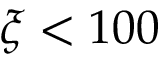
\xi < 1 0 0